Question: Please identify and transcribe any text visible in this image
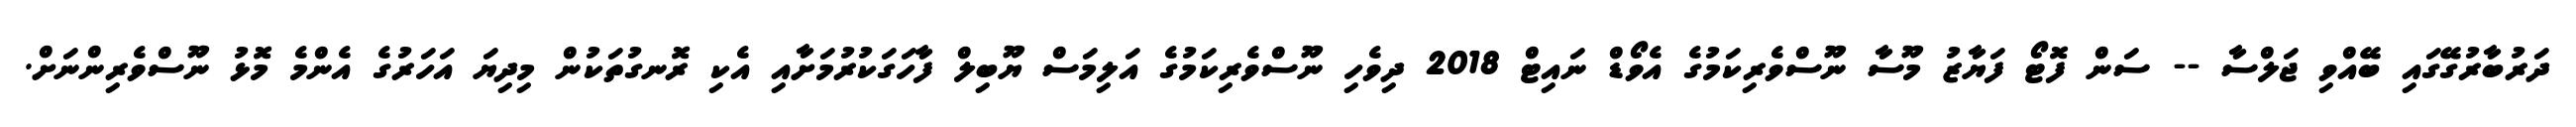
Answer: ދަރުބާރުގޭގައި ބޭއްވި ޖަލްސާ -- ސަން ފޮޓޯ ފަޔާޒު މޫސާ ނޫސްވެރިކަމުގެ އެވޯޑް ނައިޓް 2018 ދިވެހި ނޫސްވެރިކަމުގެ އަލިމަސް ޔޫބިލް ފާހަގަކުރުމަށާއި އެކި ރޮނގުތަކުން މިދިޔަ އަހަރުގެ އެންމެ މޮޅު ނޫސްވެރިންނަށް.